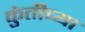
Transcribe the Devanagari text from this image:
कुंतीच्या